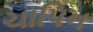
ચાપિન